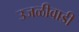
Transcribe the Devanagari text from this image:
उजळीवाडी